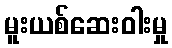
မူးယစ်ဆေးဝါးမှု